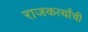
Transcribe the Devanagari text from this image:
राजकर्त्यांची